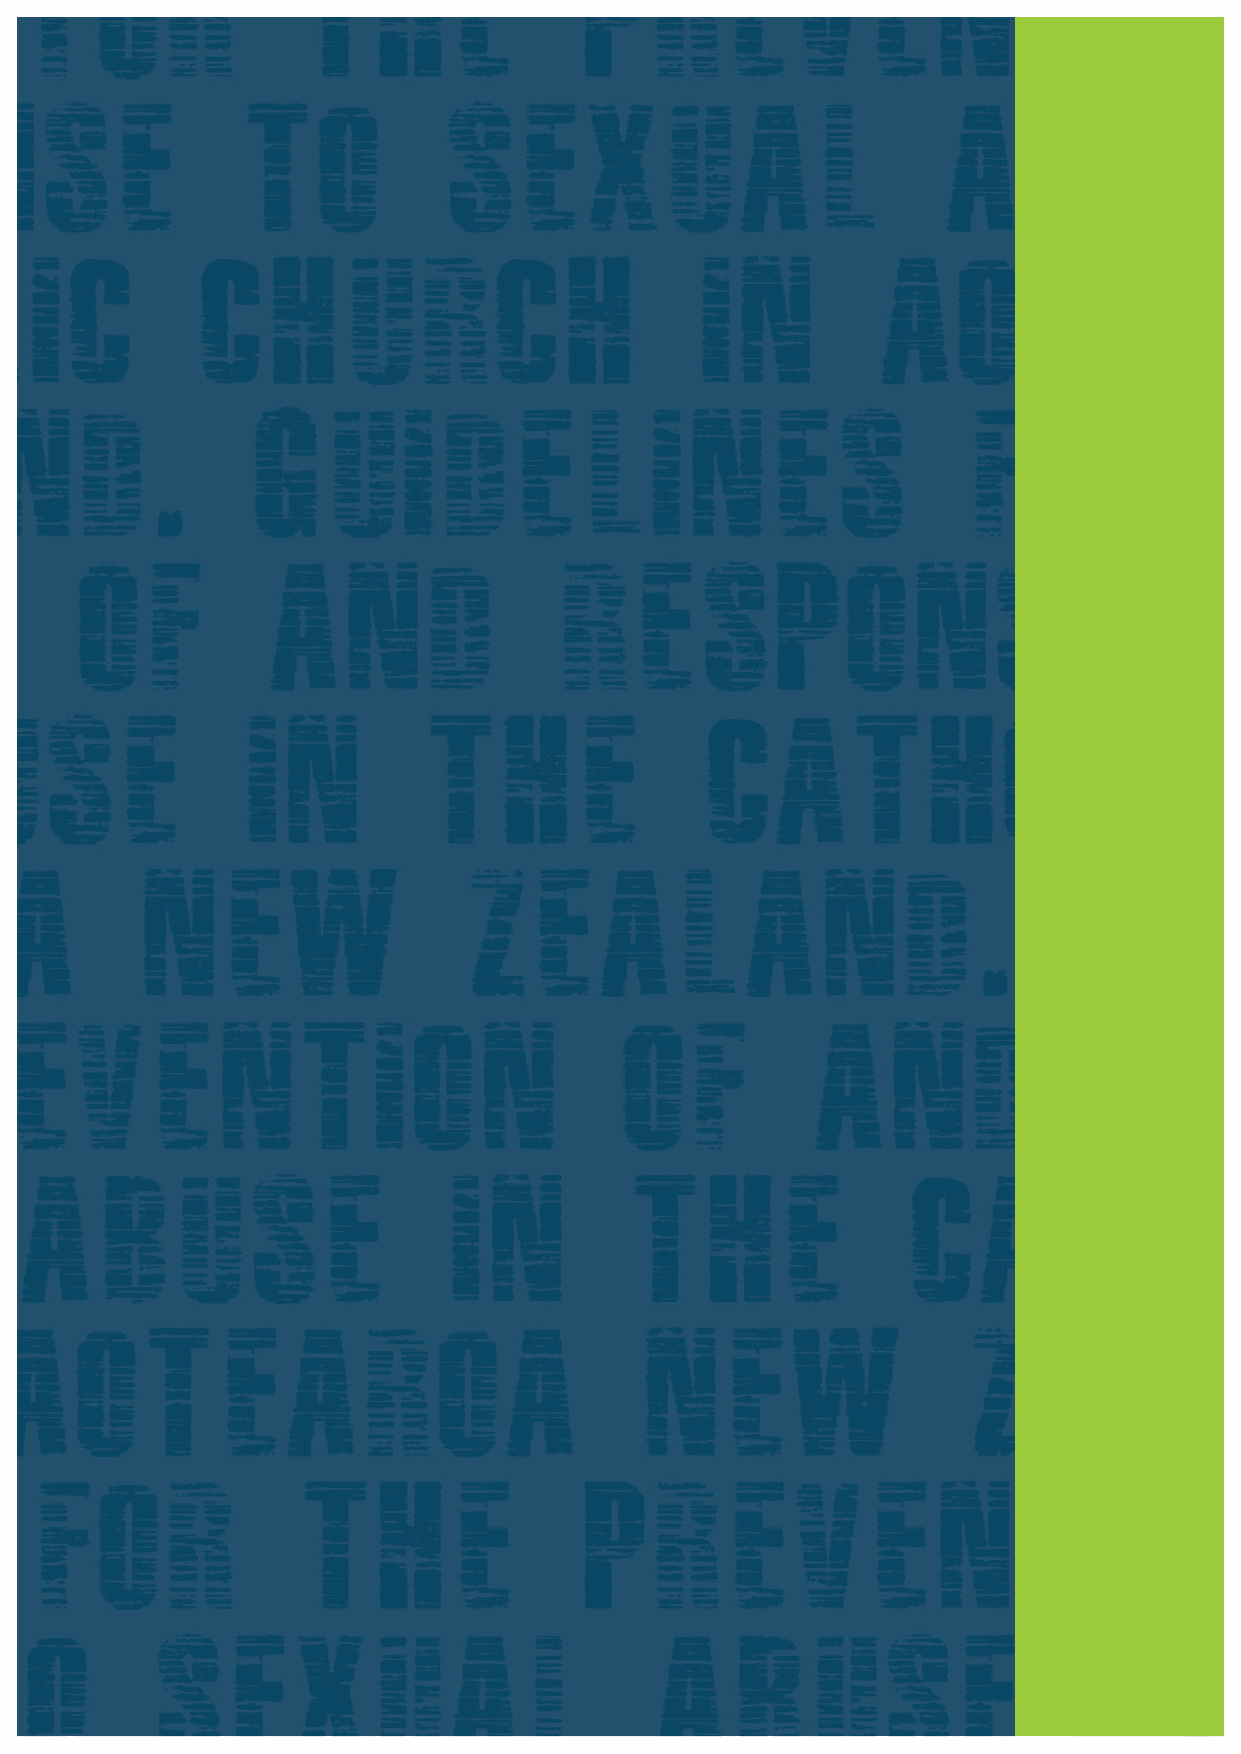
10                                                                                                                                                          PB